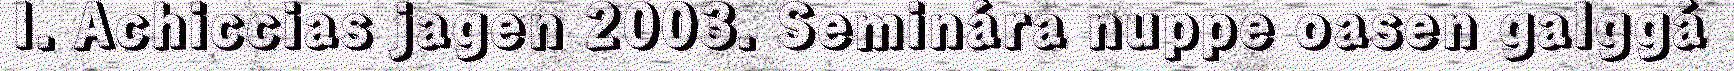
I. Achiccias jagen 2003. Seminára nuppe oasen galggá